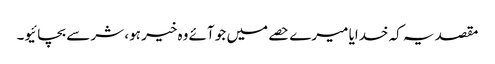
مقصد یہ کہ خدایا میرے حصے میں جو آئے وہ خیر ہو، شر سے بچائیو۔